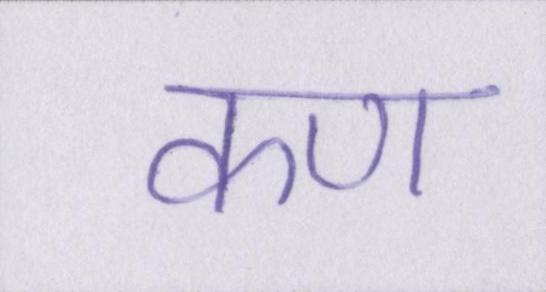
कण